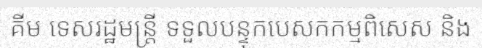
គីម ទេសរដ្ឋមន្ត្រី ទទួលបន្ទុកបេសកកម្មពិសេស និង